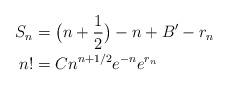
LaTeX: \begin{align*}S_n &= \big(n+\frac{1}{2}\big) -n +B^\prime -r_n\\n! &= C n^{n+1/2} e^{-n} e^{r_n}\end{align*}